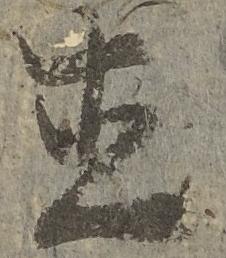
直